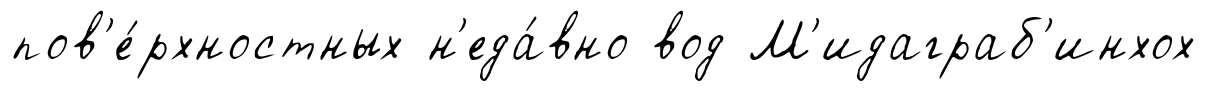
пов'е́рхностных н'еда́вно вод М'идаграб'инхох